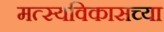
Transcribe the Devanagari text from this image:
मत्स्यविकासच्या